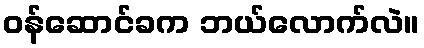
ဝန်ဆောင်ခက ဘယ်လောက်လဲ။